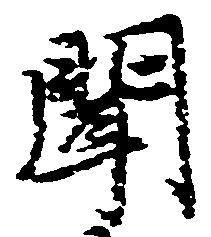
聞